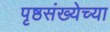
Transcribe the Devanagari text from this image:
पृष्ठसंख्येच्या